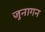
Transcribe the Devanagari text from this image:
जुनागन